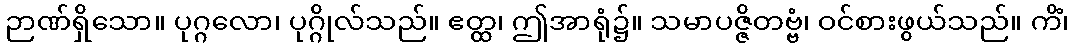
ဉာဏ်ရှိသော။ ပုဂ္ဂလော၊ ပုဂ္ဂိုလ်သည်။ ဧတ္ထ၊ ဤအာရုံ၌။ သမာပဇ္ဇိတဗ္ဗံ၊ ဝင်စားဖွယ်သည်။ ကိံ၊